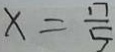
x = \frac { 1 7 } { 5 }